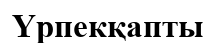
Үрпекқапты